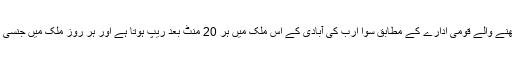
بھارت میں جنسی زیادتی کا ریکارڈ رکھنے والے قومی ادارے کے مطابق سوا ارب کی آبادی کے اس ملک میں ہر 20 منٹ بعد ریپ ہوتا ہے اور ہر روز ملک میں جنسی زیادتی کے 96 مقدمات درج ہوتے ہیں۔